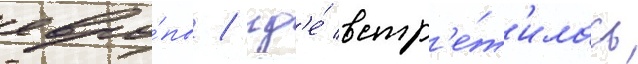
евро́пы / гд'е́ встр'е́т'илась